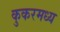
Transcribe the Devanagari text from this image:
कुकरमध्य